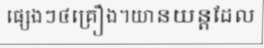
ផ្សេងៗ៤គ្រឿង។យានយន្តដែល